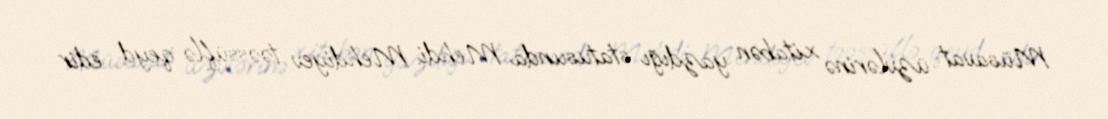
Müsavat üzvlərinə xitabən yazdığı statusunda Mehdi Mehdiyev təəssüflə qeyd edir